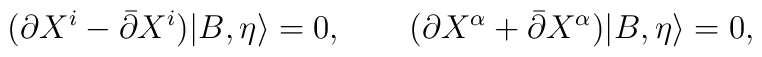
(\partial X^i-\bar \partial X^i)|B,\eta\rangle =0, \qquad(\partial X^\alpha+ \bar\partial X^\alpha)|B,\eta\rangle=0,